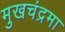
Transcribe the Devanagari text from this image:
मुखचंद्रमा